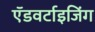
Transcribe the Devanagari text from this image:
ऍडवर्टाइजिंग